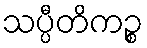
သပ္ပီတိကဉ္စ